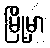
မြို့မှာ